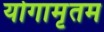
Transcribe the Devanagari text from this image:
योगामृतम